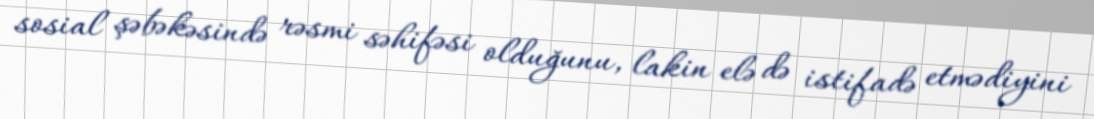
sosial şəbəkəsində rəsmi səhifəsi olduğunu, lakin elə də istifadə etmədiyini